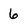
Character: 6